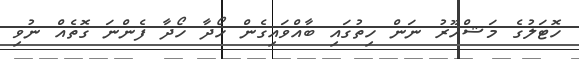
ހޮޓަލުގެ މަޝްހޫރު ނަން ހިތުގައި ބާއްވައިގެން ހޯދާ ހޯދާ ފެންނަ ގޮތެއް ނުވި